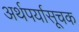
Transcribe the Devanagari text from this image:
अर्थपर्यासूचक